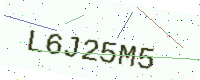
Text: L6J25M5